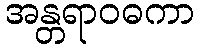
အန္တရာဝဓကာ